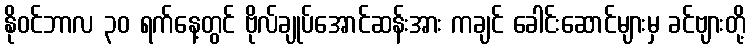
နိုဝင်ဘာလ ၃၀ ရက်နေ့တွင် ဗိုလ်ချုပ်အောင်ဆန်းအား ကချင် ခေါင်းဆောင်များမှ ခင်ဗျားတို့